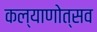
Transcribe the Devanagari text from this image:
कल्‍याणोत्‍सव